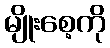
မျိုးစေ့ကို